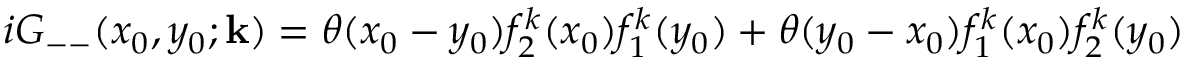
i G _ { -- } ( x _ { 0 } , y _ { 0 } ; { \bf k } ) = \theta ( x _ { 0 } - y _ { 0 } ) f _ { 2 } ^ { k } ( x _ { 0 } ) f _ { 1 } ^ { k } ( y _ { 0 } ) + \theta ( y _ { 0 } - x _ { 0 } ) f _ { 1 } ^ { k } ( x _ { 0 } ) f _ { 2 } ^ { k } ( y _ { 0 } )